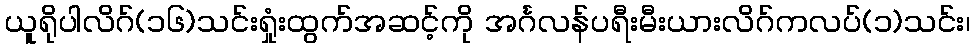
ယူရိုပါလိဂ်(၁၆)သင်းရှုံးထွက်အဆင့်ကို အင်္ဂလန်ပရီးမီးယားလိဂ်ကလပ်(၁)သင်း၊